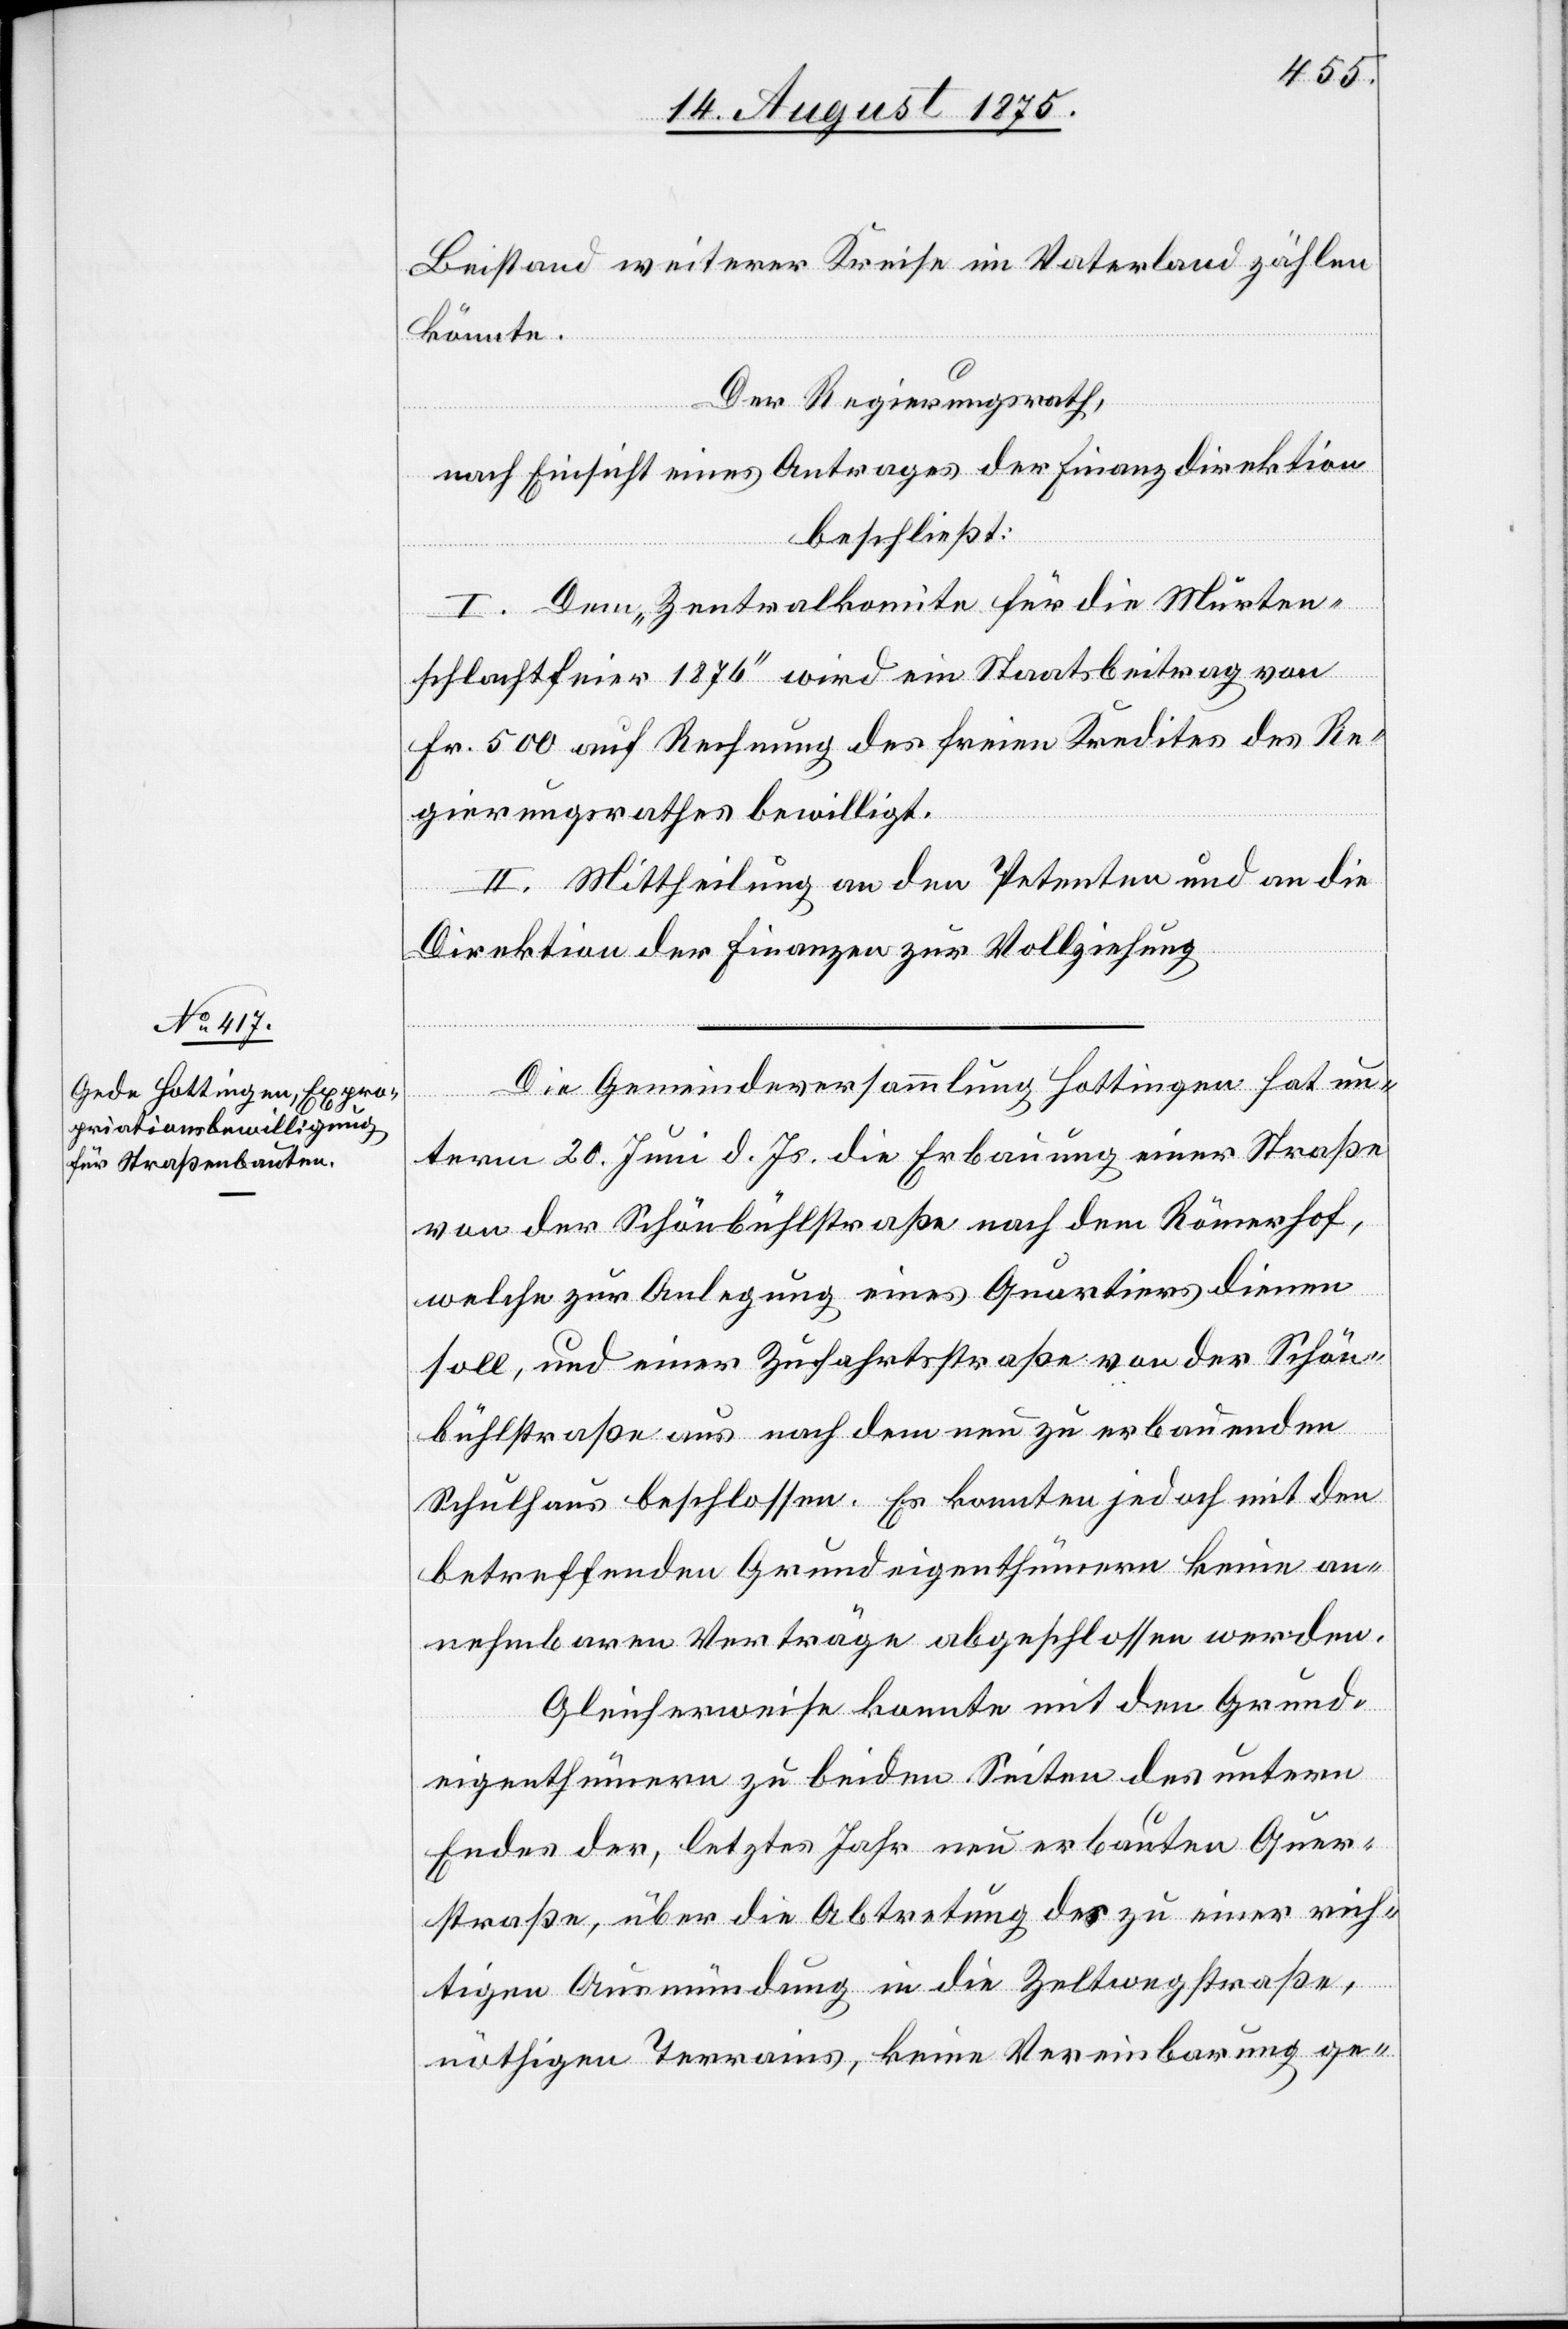
Beistand weiterer Kreise im Vaterland zählen
könnte.
Der Regierungsrath,
nach Einsicht eines Antrages der Finanzdirektion,
beschließt:
I. Dem „Zentralkomite für die Murten¬
schlachtfeier 1876“ wird ein Staatsbeitrag von
Fr. 500 auf Rechnung des freien Kredites des Re¬
gierungsrathes bewilligt.
II. Mittheilung an den Petenten und an die
Direktion der Finanzen zur Vollziehung.
Die Gemeindeversammlung Hottingen hat un¬
term 20. Juni d. Js. die Erbauung einer Straße
von der Schönbühlstraße nach dem Römerhof,
welche zur Anlegung eines Quartiers dienen
soll, und einer Zufahrtsstraße von der Schön¬
bühlstraße aus nach dem neu zu erbauenden
Schulhaus beschlossen. Es konnten jedoch mit den
betreffenden Grundeigenthümern keine an¬
nehmbaren Verträge abgeschlossen werden.
Gleicherweise konnte mit den Grund¬
eigenthümern zu beiden Seiten des untern
Endes der, letztes Jahr neu erbauten Quer¬
straße, über die Abtretung des zu einer rich¬
tigen Ausmündung in die Zeltwegstraße,
nöthigen Terrains, keine Vereinbarung ge-